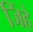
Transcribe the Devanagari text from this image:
जिंहे